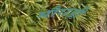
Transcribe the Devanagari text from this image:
मौराड़ी